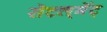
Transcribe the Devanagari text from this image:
सॆटल्‌मॆंट्